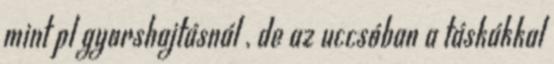
mint pl gyorshajtásnál , de az uccsóban a táskákkal